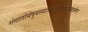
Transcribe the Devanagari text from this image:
गंगातोयेषुयस्यास्थिक्षिप्यतेशुभकर्मणः